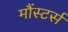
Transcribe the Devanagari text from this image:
मौंस्टर्स